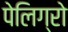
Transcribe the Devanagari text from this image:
पेलिग्रो